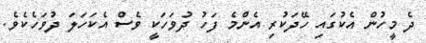
ދެ މީހުން އެކުގައި ހޭދަކުރި އެންމެ ފަހު ދުވަހަކީ ވެސް އެކަހަލަ ދުވަހެކެވެ.